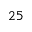
^ Ḋ 2 5 Ḍ